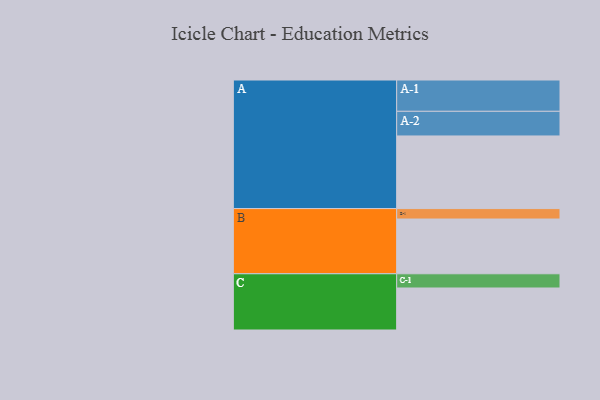
{"axis": {"x": "Segment", "y": "Value"}, "legend": ["", "A", "B", "C"], "data": [{"x": "A", "y": 536, "type": ""}, {"x": "B", "y": 404, "type": ""}, {"x": "C", "y": 310, "type": ""}, {"x": "A-1", "y": 231, "type": "A"}, {"x": "A-2", "y": 182, "type": "A"}, {"x": "B-1", "y": 77, "type": "B"}, {"x": "C-1", "y": 105, "type": "C"}]}